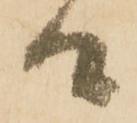
候